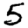
Digit: 5